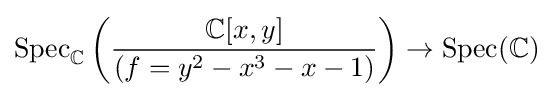
\operatorname {Spec} _{\mathbb {C} }\left({\frac {\mathbb {C} [x,y]}{(f=y^{2}-x^{3}-x-1)}}\right)\to \operatorname {Spec} (\mathbb {C} )